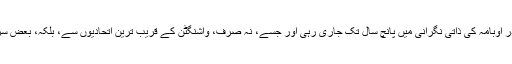
خُفیہ بات چیت وہائٹ ہاؤس کی سرپرستی میں صدر اوبامہ کی ذاتی نگرانی میں پانچ سال تک جاری رہی اور جسے، نہ صرف، واشنگٹن کے قریب ترین اتحادیوں سے، بلکہ، بعض سرکردہ امریکی عہدہ داروں سے بھی خُفیہ رکھا گیا۔